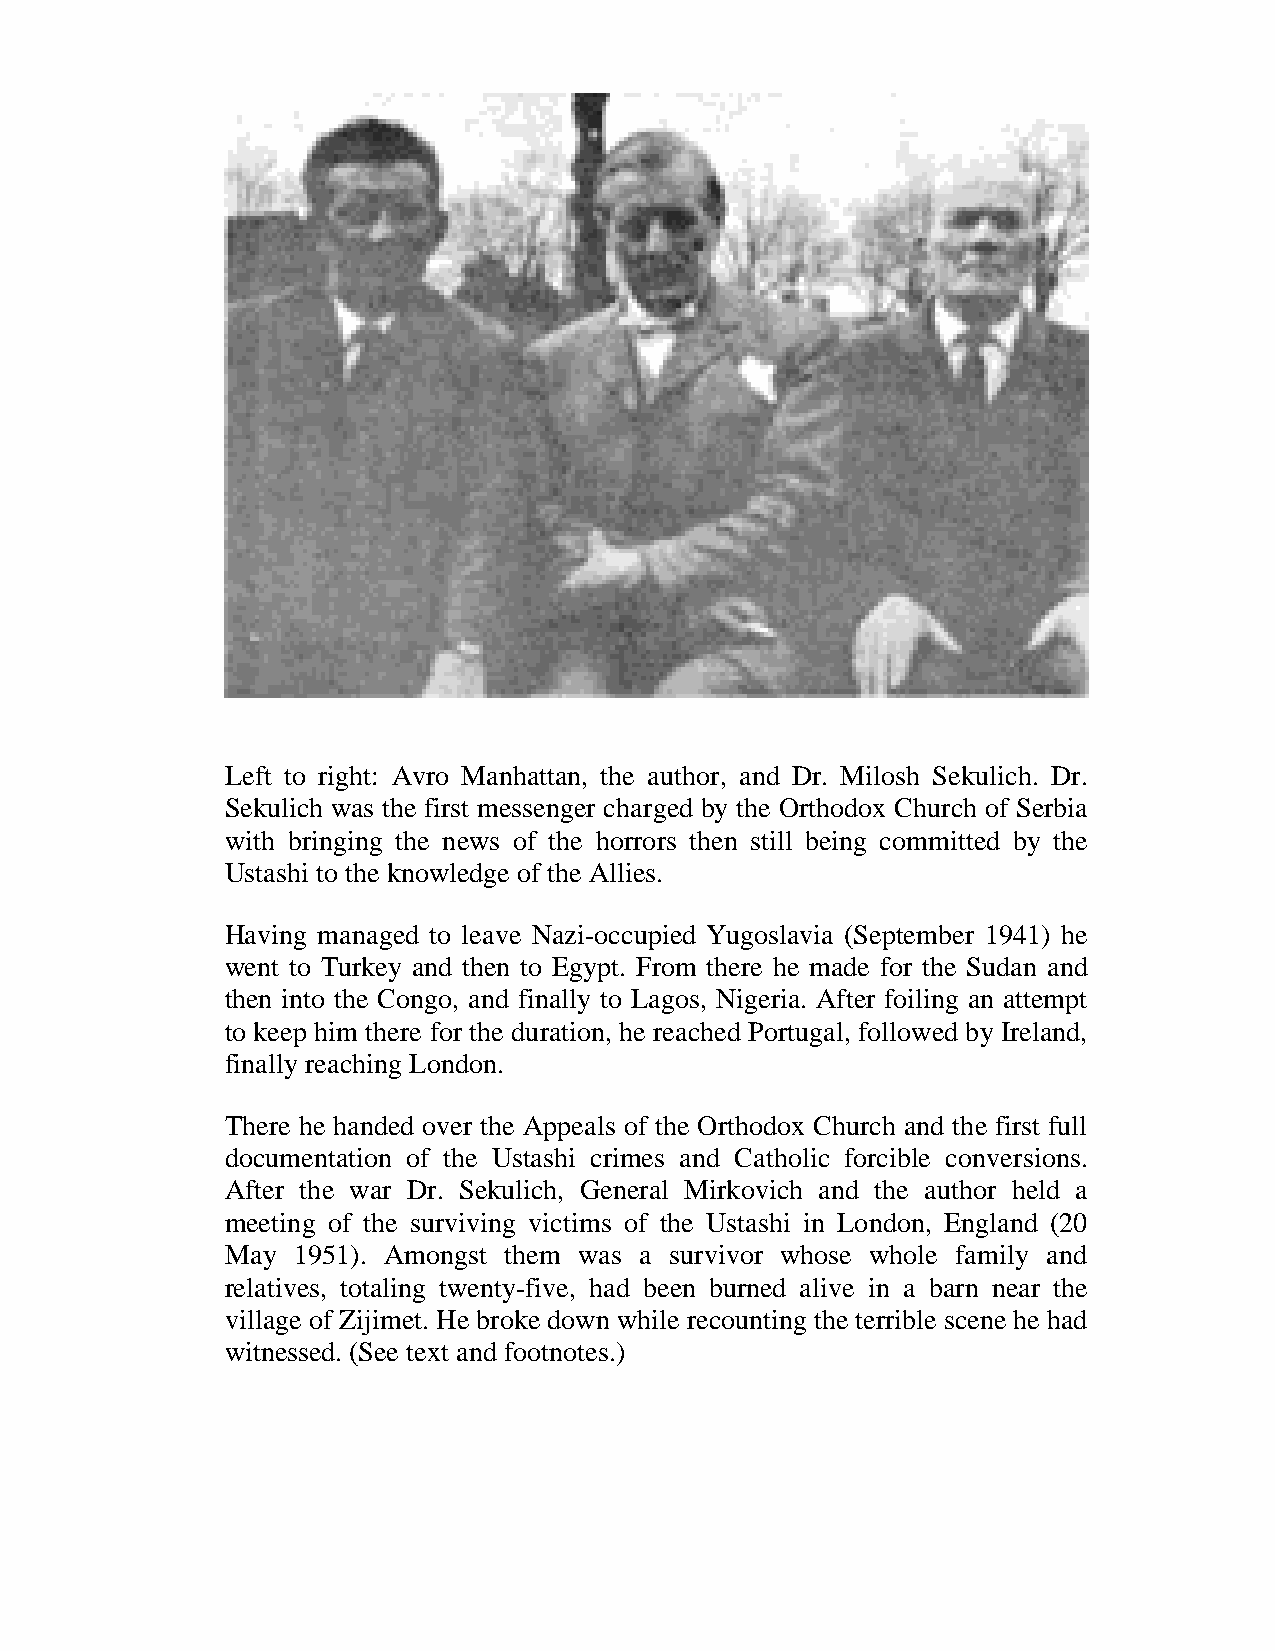
Left to right: Avro Manhattan, the author, and Dr. Milosh Sekulich. Dr.
 Sekulich was the first messenger charged by the Orthodox Church of Serbia
 with bringing the news of the horrors then still being committed by the
 Ustashi to the knowledge of the Allies.
 Having managed to leave Nazi-occupied Yugoslavia (September 1941) he
 went to Turkey and then to Egypt. From there he made for the Sudan and
 then into the Congo, and finally to Lagos, Nigeria. After foiling an attempt
 to keep him there for the duration, he reached Portugal, followed by Ireland,
 finally reaching London.
 There he handed over the Appeals of the Orthodox Church and the first full
 documentation of the Ustashi crimes and Catholic forcible conversions.
 After the war Dr. Sekulich, General Mirkovich and the author held a
 meeting of the surviving victims of the Ustashi in London, England (20
 May 1951). Amongst them was a survivor whose whole family and
 relatives, totaling twenty-five, had been burned alive in a barn near the
 village of Zijimet. He broke down while recounting the terrible scene he had
 witnessed. (See text and footnotes.)